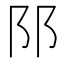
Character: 𨸙